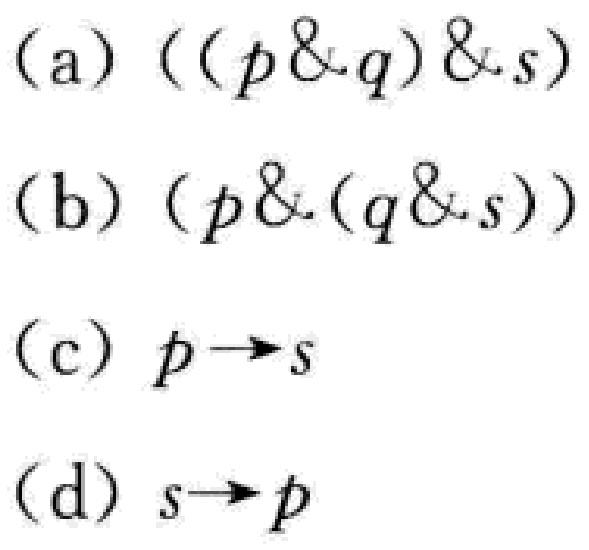
(a) $((p\&q)\&s)$
(b) $(p\&(q\&s))$
(c) $p\rightarrow s$
(d) $s\rightarrow p$